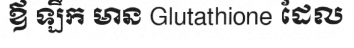
ឪ ឡឹក មាន Glutathione ដែល